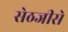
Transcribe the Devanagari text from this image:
सेठजीसे